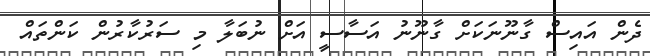
ދެން އައިސް ގާނޫނަކަށް ގާނޫނު އަސާސީ އަށް ނުބަލާ މި ސަރުކާރުން ކަންތައް